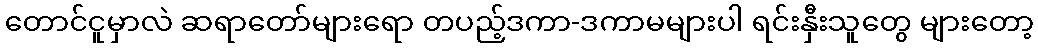
တောင်ငူမှာလဲ ဆရာတော်များရော တပည့်ဒကာ-ဒကာမများပါ ရင်းနှီးသူတွေ များတော့